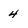
Character: 4